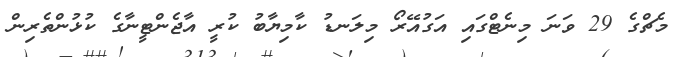
މެޗްގެ 29 ވަނަ މިނެޓްގައި އަގުއޭރޯ މިލަނޑު ކާމިޔާބު ކުރީ އާޖެންޓީނާގެ ކުޅުންތެރިން